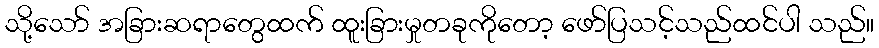
သို့သော် အခြားဆရာတွေထက် ထူးခြားမှုတခုကိုတော့ ဖော်ပြသင့်သည်ထင်ပါ သည်။